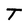
Character: T